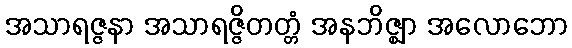
အသာရဇ္ဇနာ အသာရဇ္ဇိတတ္တံ အနဘိဇ္ဈာ အလောဘော